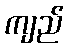
ကျည်